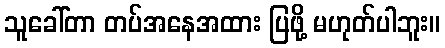
သူခေါ်တာ တပ်အနေအထား ပြဖို့ မဟုတ်ပါဘူး။